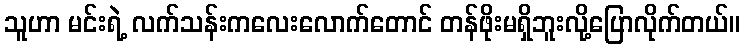
သူဟာ မင်းရဲ့ လက်သန်းကလေးလောက်တောင် တန်ဖိုးမရှိဘူးလို့ပြောလိုက်တယ်။